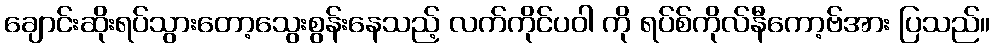
ချောင်းဆိုးရပ်သွားတော့သွေးစွန်းနေသည့် လက်ကိုင်ပဝါ ကို ရပ်စ်ကိုလ်နီကော့ဗ်အား ပြသည်။